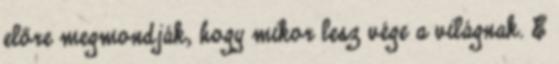
előre megmondják, hogy mikor lesz vége a világnak. E